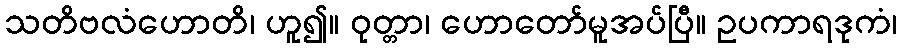
သတိဗလံဟောတိ၊ ဟူ၍။ ဝုတ္တာ၊ ဟောတော်မူအပ်ပြီ။ ဥပကာရဒုကံ၊